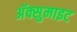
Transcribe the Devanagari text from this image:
अॅक्सुमाइट